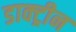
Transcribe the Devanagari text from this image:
डाक्ट्रीन